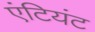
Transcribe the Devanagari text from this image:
एंटियंट